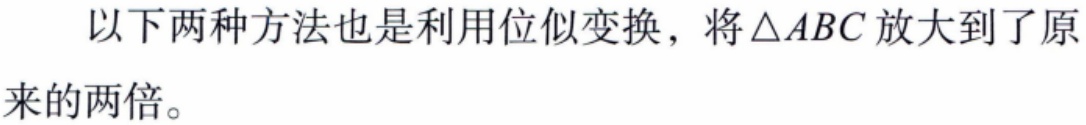
以下两种方法也是利用位似变换，将$\triangle ABC$放大到了原来的两倍。